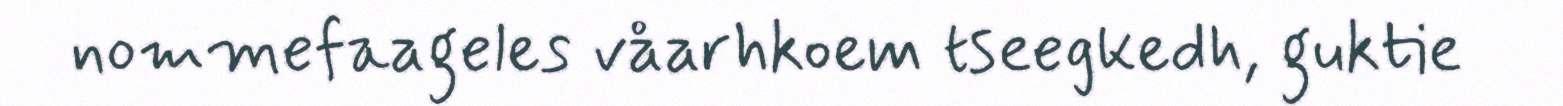
nommefaageles våarhkoem tseegkedh, guktie